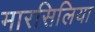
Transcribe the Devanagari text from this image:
मारसिलिया